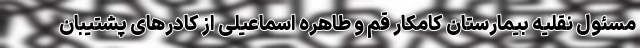
مسئول نقلیه بیمارستان کامکار قم و طاهره اسماعیلی از کادرهای پشتیبان